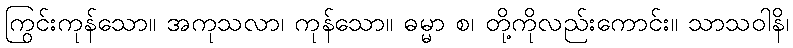
ကြွင်းကုန်သော။ အကုသလာ၊ ကုန်သော။ ဓမ္မာ စ၊ တို့ကိုလည်းကောင်း။ သာသဝါနိ၊